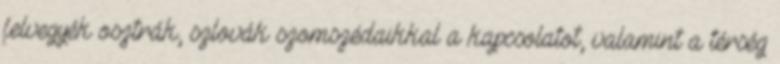
felvegyék osztrák, szlovák szomszédaikkal a kapcsolatot, valamint a térség